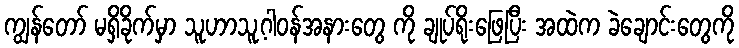
ကျွန်တော် မရှိခိုက်မှာ သူဟာသူ့ဂါဝန်အနားတွေ ကို ချုပ်ရိုးဖြေပြီး အထဲက ခဲချောင်းတွေကို